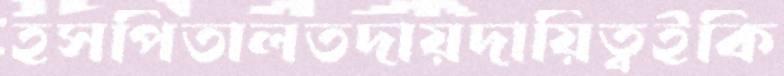
হসপিতালতদায়দায়িত্বইকি